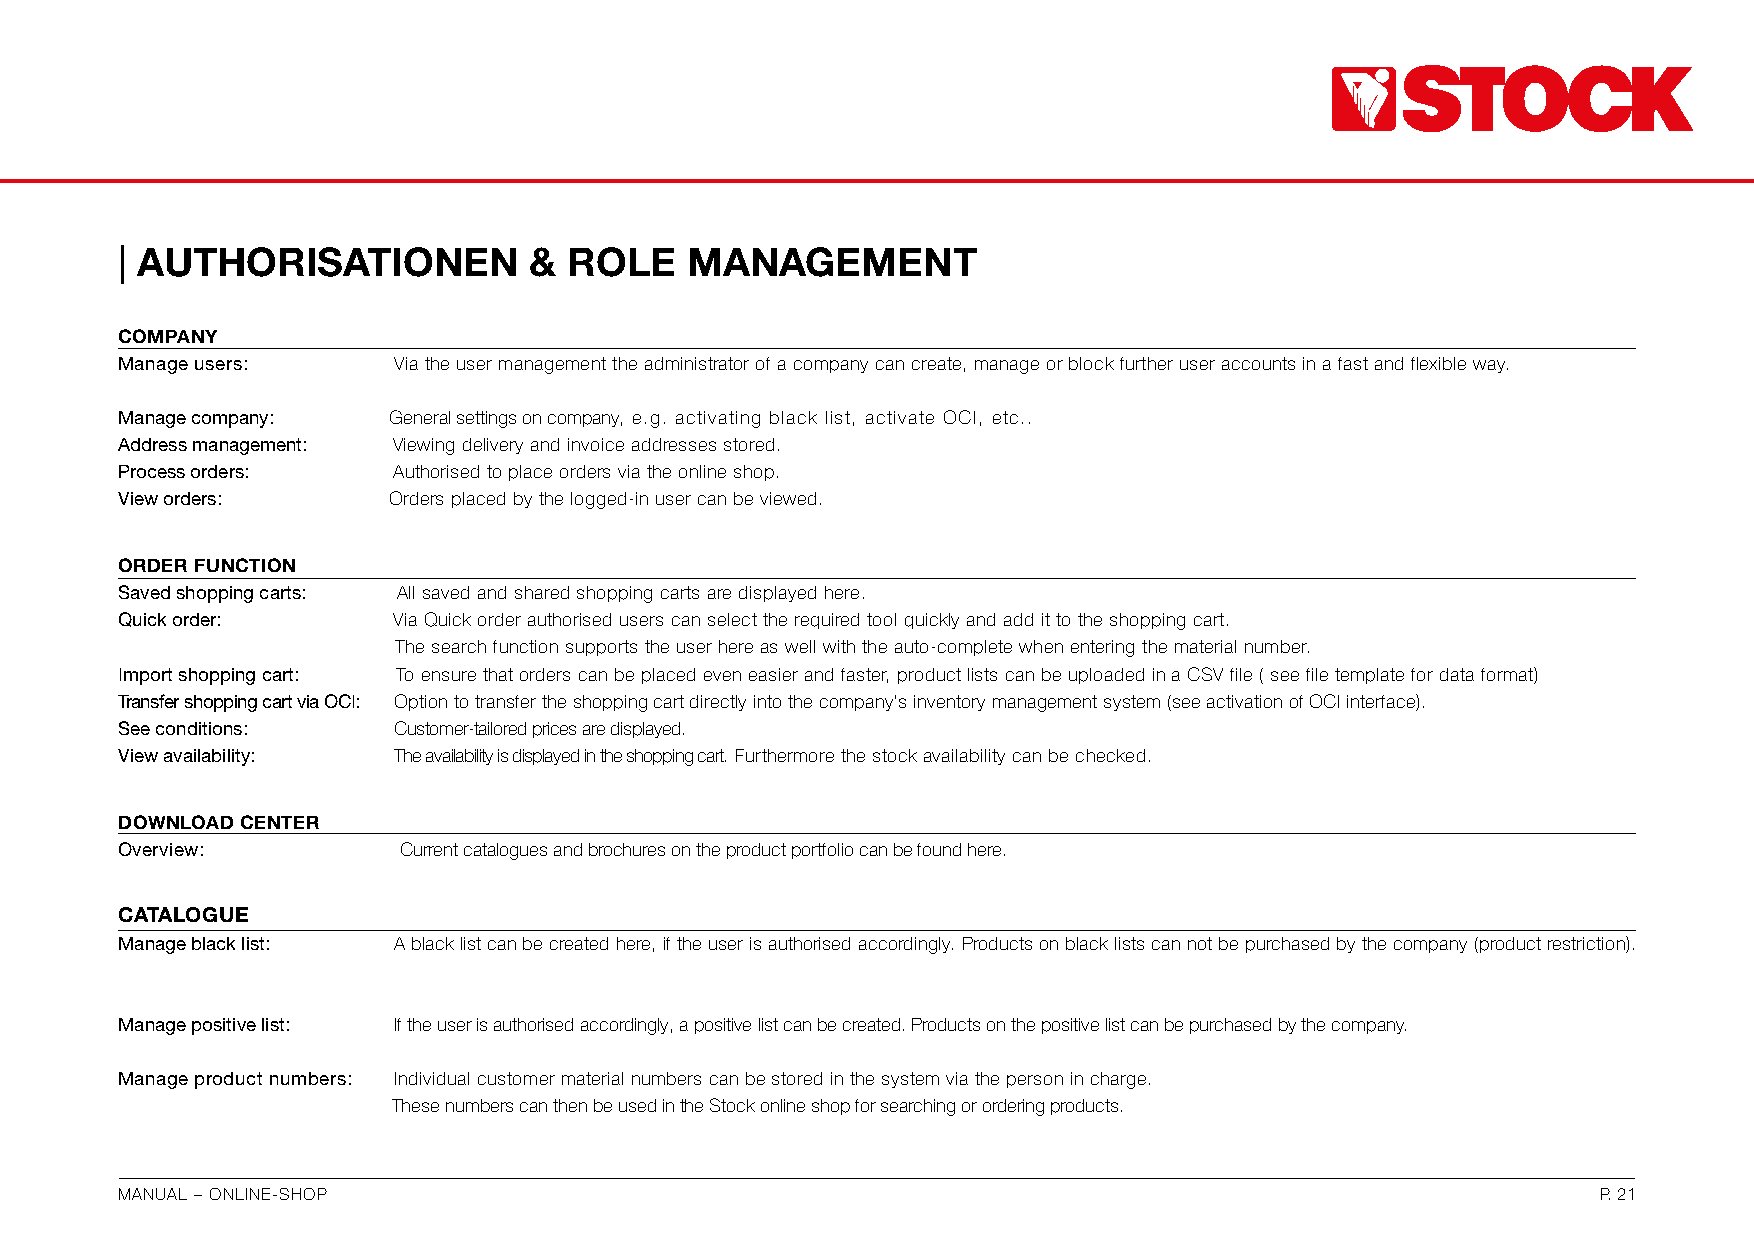
| AUTHORISATIONEN          &  ROLE    MANAGEMENT
 COMPANY
 Manage users:     Via the user management the administrator of a company can create, manage or block further user accounts in a fast and flexible way.
 Manage company:   General settings on company, e.g. activating black list, activate OCI, etc..
 Address management: Viewing delivery and invoice addresses stored.
 Process orders:   Authorised to place orders via the online shop.
 View orders:      Orders placed by the logged-in user can be viewed.
 ORDER FUNCTION
 Saved shopping carts: All saved and shared shopping carts are displayed here.
 Quick order:      Via Quick order authorised users can select the required tool quickly and add it to the shopping cart.
 The search function supports the user here as well with the auto-complete when entering the material number.
 Import shopping cart: To ensure that orders can be placed even easier and faster, product lists can be uploaded in a CSV file ( see file template for data format)
 Transfer shopping cart via OCI: Option to transfer the shopping cart directly into the company‘s inventory management system (see activation of OCI interface).
 See conditions:   Customer-tailored prices are displayed.
 View availability: The availability is displayed in the shopping cart. Furthermore the stock availability can be checked.
 DOWNLOAD CENTER
 Overview:          Current catalogues and brochures on the product portfolio can be found here.
 CATALOGUE
 Manage black list: A black list can be created here, if the user is authorised accordingly. Products on black lists can not be purchased by the company (product restriction).
 Manage positive list: If the user is authorised accordingly, a positive list can be created. Products on the positive list can be purchased by the company.
 Manage product numbers: Individual customer material numbers can be stored in the system via the person in charge.
 These numbers can then be used in the Stock online shop for searching or ordering products.
 MANUAL – ONLINE-SHOP                                                                              P. 21